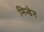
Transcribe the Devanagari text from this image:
मिन्डेन